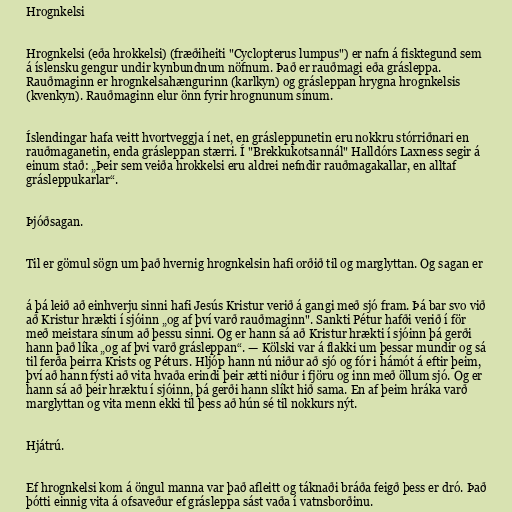
Hrognkelsi

Hrognkelsi (eða hrokkelsi) (fræðiheiti "Cyclopterus lumpus") er nafn á fisktegund sem
á íslensku gengur undir kynbundnum nöfnum. Það er rauðmagi eða grásleppa.
Rauðmaginn er hrognkelsahængurinn (karlkyn) og grásleppan hrygna hrognkelsis
(kvenkyn). Rauðmaginn elur önn fyrir hrognunum sínum.

Íslendingar hafa veitt hvortveggja í net, en grásleppunetin eru nokkru stórriðnari en
rauðmaganetin, enda grásleppan stærri. Í "Brekkukotsannál" Halldórs Laxness segir á
einum stað: „Þeir sem veiða hrokkelsi eru aldrei nefndir rauðmagakallar, en alltaf
grásleppukarlar“.

Þjóðsagan.

Til er gömul sögn um það hvernig hrognkelsin hafi orðið til og marglyttan. Og sagan er

á þá leið að einhverju sinni hafi Jesús Kristur verið á gangi með sjó fram. Þá bar svo við
að Kristur hrækti í sjóinn „og af því varð rauðmaginn". Sankti Pétur hafði verið í för
með meistara sínum að þessu sinni. Og er hann sá að Kristur hrækti í sjóinn þá gerði
hann það líka „og af þvi varð grásleppan“. — Kölski var á flakki um þessar mundir og sá
til ferða þeirra Krists og Péturs. Hljóp hann nú niður að sjó og fór i hámót á eftir þeim,
því að hann fýsti að vita hvaða erindi þeir ætti niður i fjöru og inn með öllum sjó. Og er
hann sá að þeir hræktu í sjóinn, þá gerði hann slíkt hið sama. En af þeim hráka varð
marglyttan og vita menn ekki til þess að hún sé til nokkurs nýt.

Hjátrú.

Ef hrognkelsi kom á öngul manna var það afleitt og táknaði bráða feigð þess er dró. Það
þótti einnig vita á ofsaveður ef grásleppa sást vaða í vatnsborðinu.